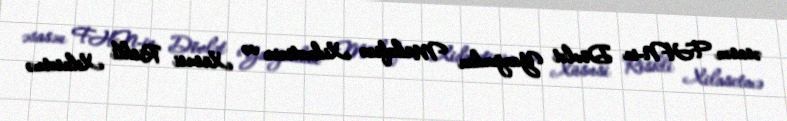
əsasən FHN-in Dövlət Yanğından Mühafizə Xidmətinin və Xüsusi Riskli Xilasetmə